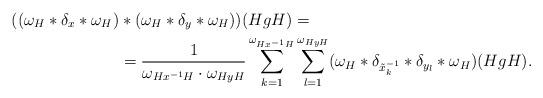
LaTeX: \begin{align*}((\omega_H*\delta_x*\omega_H)&*(\omega_H*\delta_y*\omega_H))(HgH)=\\&=\frac{1}{\omega_{Hx^{-1}H}\cdot \omega_{HyH}}\sum_{k=1}^{\omega_{Hx^{-1}H}}\sum_{l=1}^{\omega_{HyH}}(\omega_H*\delta_{\tilde x_k^{-1}}*\delta_{y_l}*\omega_H)(HgH).\end{align*}